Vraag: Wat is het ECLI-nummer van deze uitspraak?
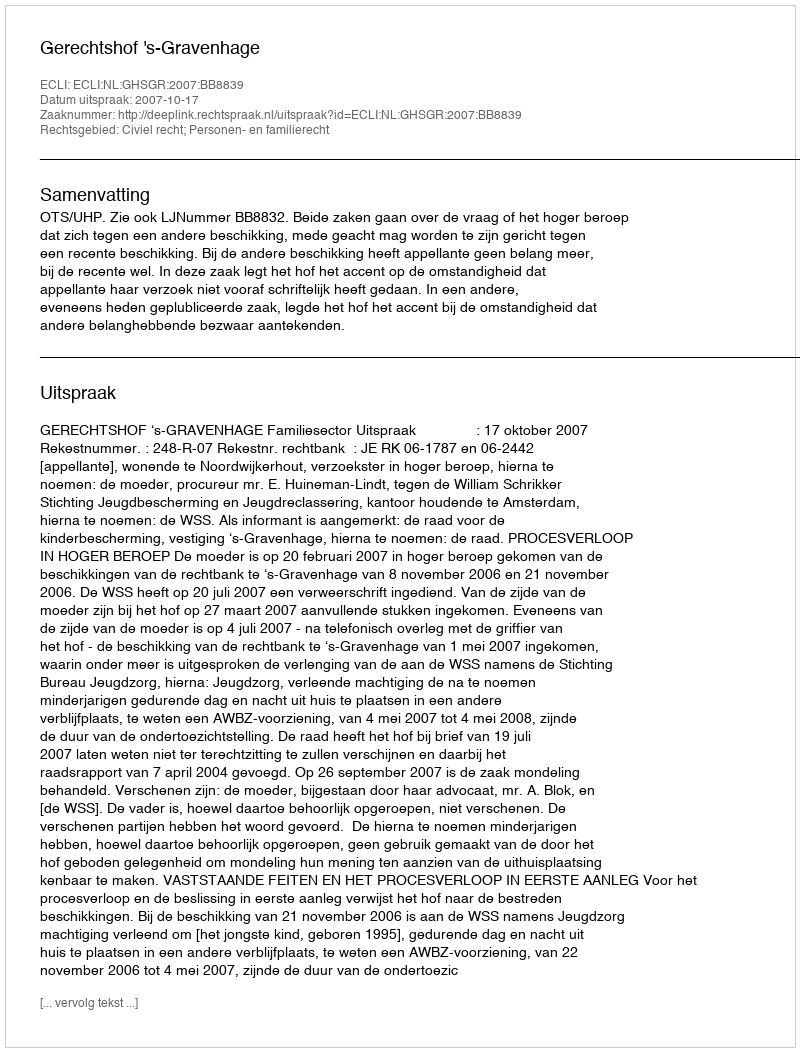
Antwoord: ECLI:NL:GHSGR:2007:BB8839